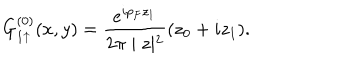
LaTeX: G _ { 1 \uparrow } ^ { ( 0 ) } ( x , y ) = \frac { e ^ { i p _ { F } z _ { 1 } } } { 2 \pi \mid z \mid ^ { 2 } } ( z _ { 0 } + i z _ { 1 } ) .